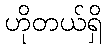
ဟိုတယ်ရှိ